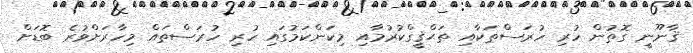
ޤާނޫނީ ގޮތުން ހުރި ހުރަސްތަކާއި ތަޙްޤީގްކުރުމާއި މިކަންކަމުގައި ހުރި ހުރަސްތައް މިހާރަށްވުރެ ބޮޑަށް